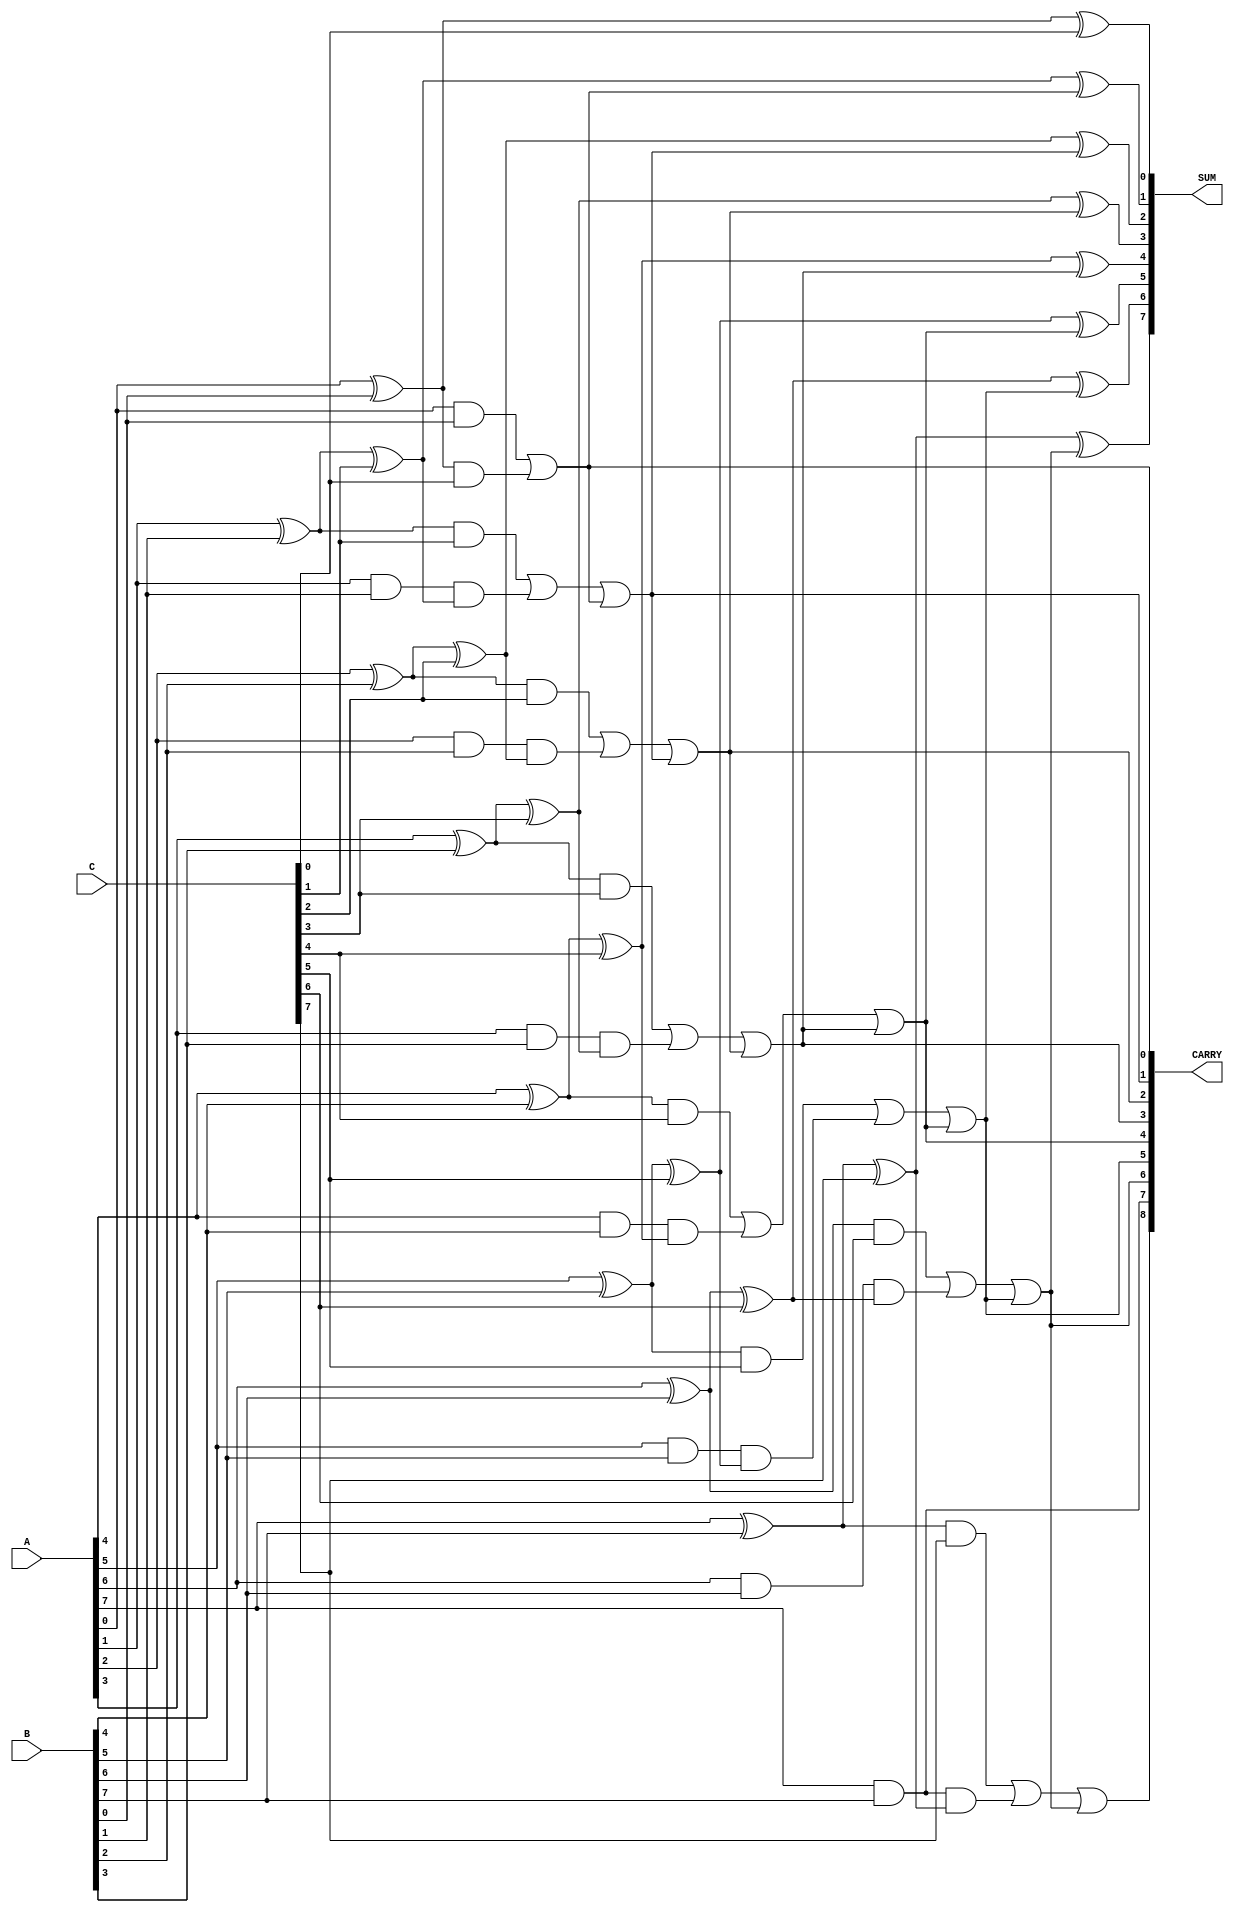
module carry_save_adder #(parameter N = 8) (
    input  [N-1:0] A, // First n-bit input
    input  [N-1:0] B, // Second n-bit input
    input  [N-1:0] C, // Third n-bit input
    output [N-1:0] SUM, // Sum output
    output [N:0] CARRY // Carry output (N+1 bits for carry)
);

    wire [N-1:0] half_sum; // Intermediate sum from half adders
    wire [N-1:0] carry_h;  // Intermediate carry from half adders
    wire [N-1:0] full_sum;  // Intermediate sum from full adders
    wire [N-1:0] carry_f;   // Intermediate carry from full adders

    // Generate half adders for A and B
    genvar i;
    generate
        for (i = 0; i < N; i = i + 1) begin : half_adders
            assign half_sum[i] = A[i] ^ B[i]; // Sum for half adder
            assign carry_h[i] = A[i] & B[i];   // Carry for half adder
        end
    endgenerate

    // Generate full adders for half sum and C
    generate
        for (i = 0; i < N; i = i + 1) begin : full_adders
            if (i == 0) begin
                // First full adder (A and B are reduced to their half sum)
                assign full_sum[i] = half_sum[i] ^ C[i]; // Sum for the first full adder
                assign carry_f[i] = carry_h[i] | (half_sum[i] & C[i]); // Carry for the first full adder
            end else begin
                // Subsequent full adders
                assign full_sum[i] = half_sum[i] ^ C[i] ^ carry_f[i-1]; // Sum for subsequent full adders
                assign carry_f[i] = (half_sum[i] & C[i]) | (carry_h[i] & (half_sum[i] ^ C[i])) | carry_f[i-1]; // Carry for subsequent full adders
            end
        end
    endgenerate

    // Final outputs
    assign SUM = full_sum;            // Final sum output
    assign CARRY = {carry_f[N-1], carry_h[N-1], carry_f[N-2:0]}; // Final carry output

endmodule